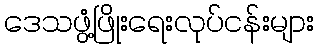
ဒေသဖွံ့ဖြိုးရေးလုပ်ငန်းများ